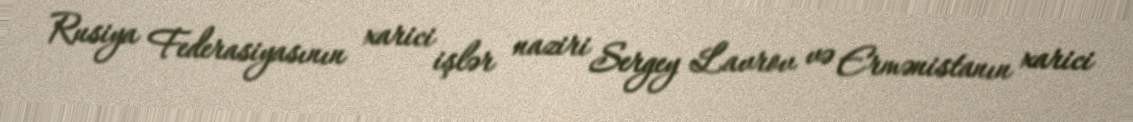
Rusiya Federasiyasının xarici işlər naziri Sergey Lavrov və Ermənistanın xarici